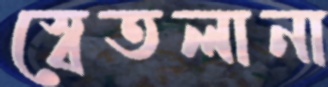
স্বেতলানা